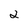
Character: 2